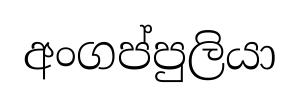
අංගප්පුලියා